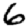
Digit: 6